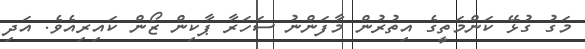
މަގު ގުޅޭ ކަންމަތީގެ އިތުރުން މާފަންނު ސަހަރާ ޕާކިން ޒޯން ކައިރިއެވެ. އަދި